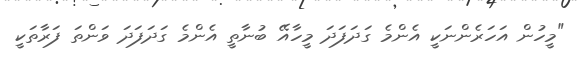
"މީހުން އަހަރެންނަކީ އެންމެ ގަދަފަދަ މީހާއޭ ބުނާތީ އެންމެ ގަދަފަދަ ވަންތަ ފަރާތަކީ